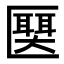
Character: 𫧛